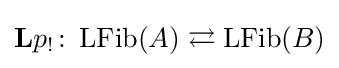
\mathbf {L} p_{!}\colon \operatorname {LFib} (A)\rightleftarrows \operatorname {LFib} (B)